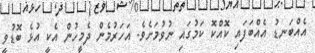
އެއްބަނޑު އެއްބަފައި ކޮއްކޮ ކަމުގައި ނުވުމަށެވެ. އަހަރުމެން ދެމީހުން އެކީ އުޅެ ބޮޑުވީ